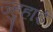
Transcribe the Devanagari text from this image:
ज्हुहाई